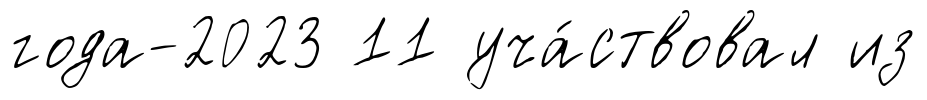
года-2023 11 уча́ствовал из